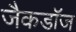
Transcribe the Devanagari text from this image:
जैकडॉज